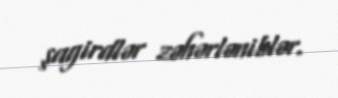
şagirdlər zəhərləniblər.